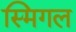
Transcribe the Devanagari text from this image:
स्मिगल